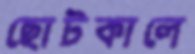
ছোটকালে